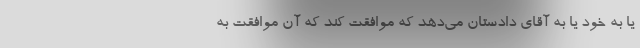
یا به خود یا به آقای دادستان می‌دهد که موافقت کند که آن موافقت به